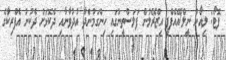
ފޮޓޯ: ލިއޯން ނީލް/އޭއެފްޕީ އިޒްރޭލުން ފަލަސްތީނުގައި ހިންގަމުންދާ އުދުވާނާއި ދެކޮޅަށް ދެކުނު އެފްރިކާގެ